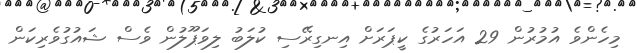
މިހެންވެ އުމުރުން 29 އަހަރުގެ ކީޕަރަށް އިނގިރޭސި ކުލަބު ލިވަޕޫލުން ވެސް ޝައުގުވެރިކަން